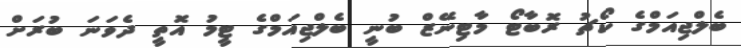
ބެލްޖިއަމްގެ ކޯޗު ރޮބާޓޯ މާޓިނޭޒް ބުނީ ބެލްޖިއަމްގެ ޓީމު އޮތީ ދެވަނަ ބުރަށް